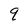
Character: q